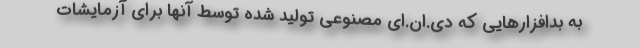
به بدافزارهایی که دی.ان.ای مصنوعی تولید شده توسط آنها برای آزمایشات